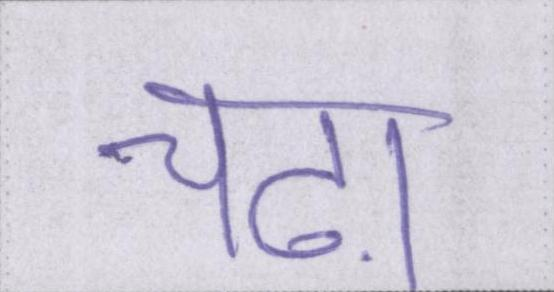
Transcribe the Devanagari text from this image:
चढ़ा